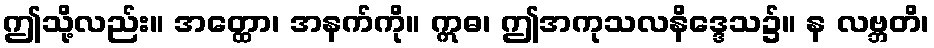
ဤသို့လည်း။ အတ္ထော၊ အနက်ကို။ ဣဓ၊ ဤအကုသလနိဒ္ဒေသ၌။ န လဗ္ဘတိ၊